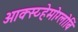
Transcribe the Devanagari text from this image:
ओक्स्य्हेमोग्लोबिं